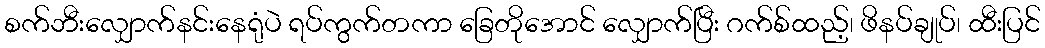
စက်ဘီးလျှောက်နင်းနေရုံပဲ ရပ်ကွက်တကာ ခြေတိုအောင် လျှောက်ပြီး ဂက်စ်ထည့်၊ ဖိနပ်ချုပ်၊ ထီးပြင်